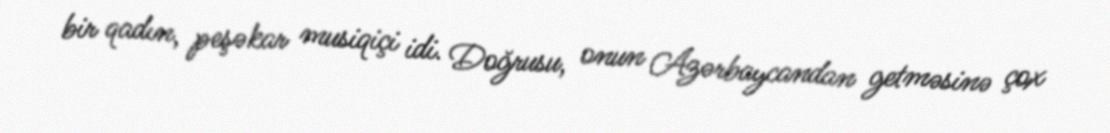
bir qadın, peşəkar musiqiçi idi. Doğrusu, onun Azərbaycandan getməsinə çox